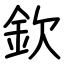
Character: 欽